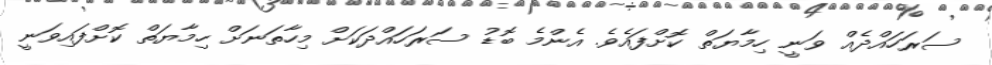
ސަރަހައްދެއް ވަނީ ހިމާޔަތް ކޮށްފައެވެ. އެންމެ ބޮޑު ސަރަހައްދަކަށް މިހާތަނަށް ހިމާޔަތް ކޮށްފައިވަނީ